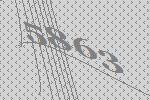
5863